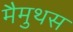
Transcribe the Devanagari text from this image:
मैमुथस